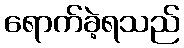
ရောက်ခဲ့ရသည်